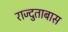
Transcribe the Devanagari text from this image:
राज्दुताबास